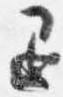
退